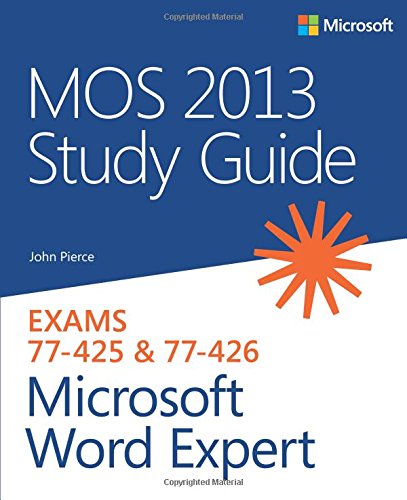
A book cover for MOS 2013 Study Guide for Microsoft Word Expert (MOS Study Guide); John Pierce; Computers & Technology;